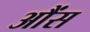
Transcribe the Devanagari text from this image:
आैंस